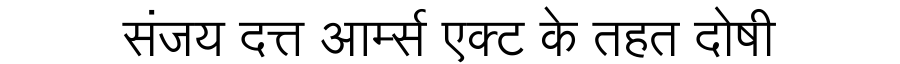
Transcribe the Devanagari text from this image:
संजय दत्त आर्म्स एक्ट के तहत दोषी